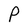
Character: P